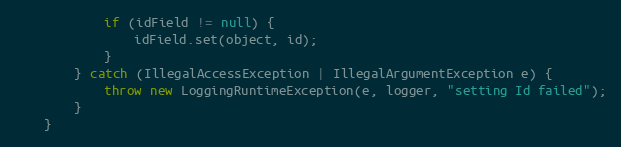
Language: Java
			if (idField != null) {
				idField.set(object, id);
			}
		} catch (IllegalAccessException | IllegalArgumentException e) {
			throw new LoggingRuntimeException(e, logger, "setting Id failed");
		}
	}